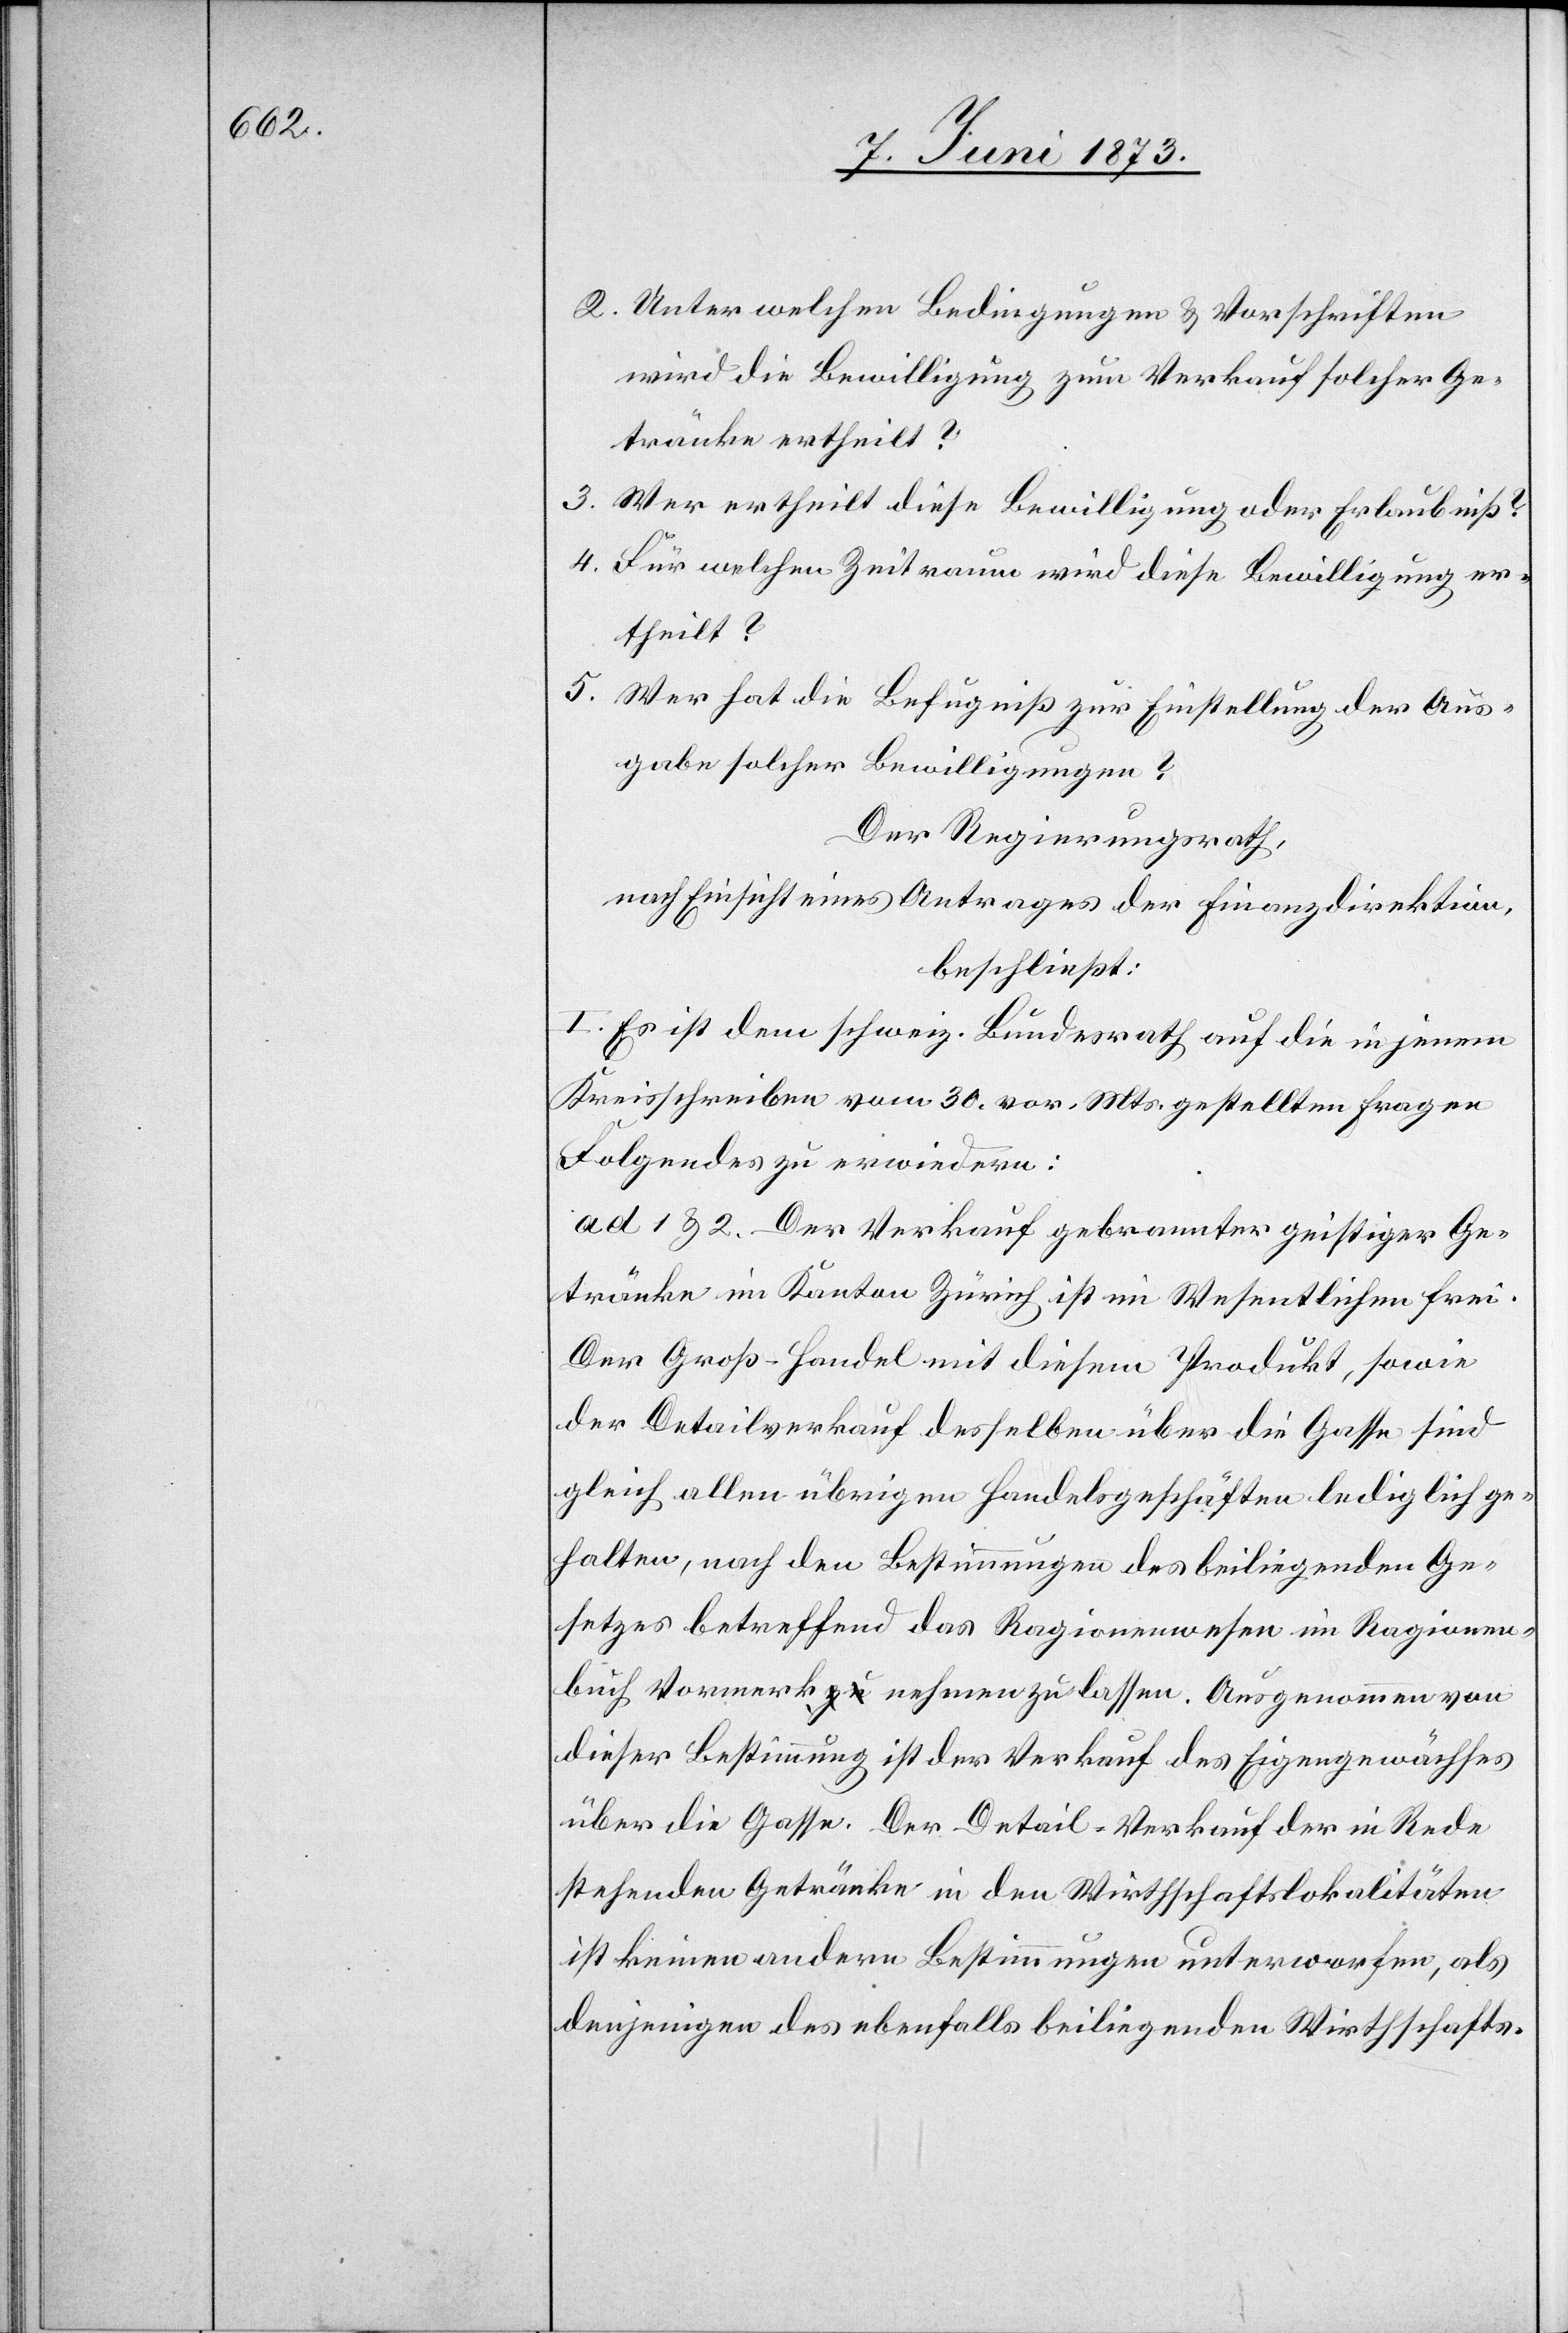
2. Unter welchen Bedingungen & Vorschriften
wird die Bewilligung zum Verkauf solcher Ge¬
tränke ertheilt?
3. Wer ertheilt diese Bewilligung oder Erlaubniß?
4. Für welchen Zeitraum wird diese Bewilligung er¬
theilt?
5.
Wer hat die Befugniß zur Einstellung der Aus¬
gabe solcher Bewilligungen?
Der Regierungsrath,
nach Einsicht eines Antrages der Finanzdirektion,
beschließt:
I. Es ist dem schweiz. Bundesrath auf die in jenem
Kreisschreiben vom 30. vor. Mts. gestellten Fragen
Folgendes zu erwiedern:
ad 1& 2. Der Verkauf gebrannter geistiger Ge¬
tränke im Kanton Zürich ist im Wesentlichen frei.
Der Groß-Handel mit diesem Produkt, sowie
der Detailverkauf desselben über die Gasse sind
gleich allen übrigen Handelsgeschäften lediglich ge¬
halten, nach den Bestimmungen des beiliegenden Ge¬
setzes betreffend das Ragionenwesen im Ragionen¬
buch Vormerk nehmen zu lassen. Ausgenommen von
dieser Bestimmung ist der Verkauf des Eigengewächses
über die Gasse. Der Detail-Verkauf der in Rede
stehenden Getränke in den Wirthschaftslokalitäten
ist keinen andern Bestimmungen unterworfen, als
denjenigen des ebenfalls beiliegenden Wirthschafts-